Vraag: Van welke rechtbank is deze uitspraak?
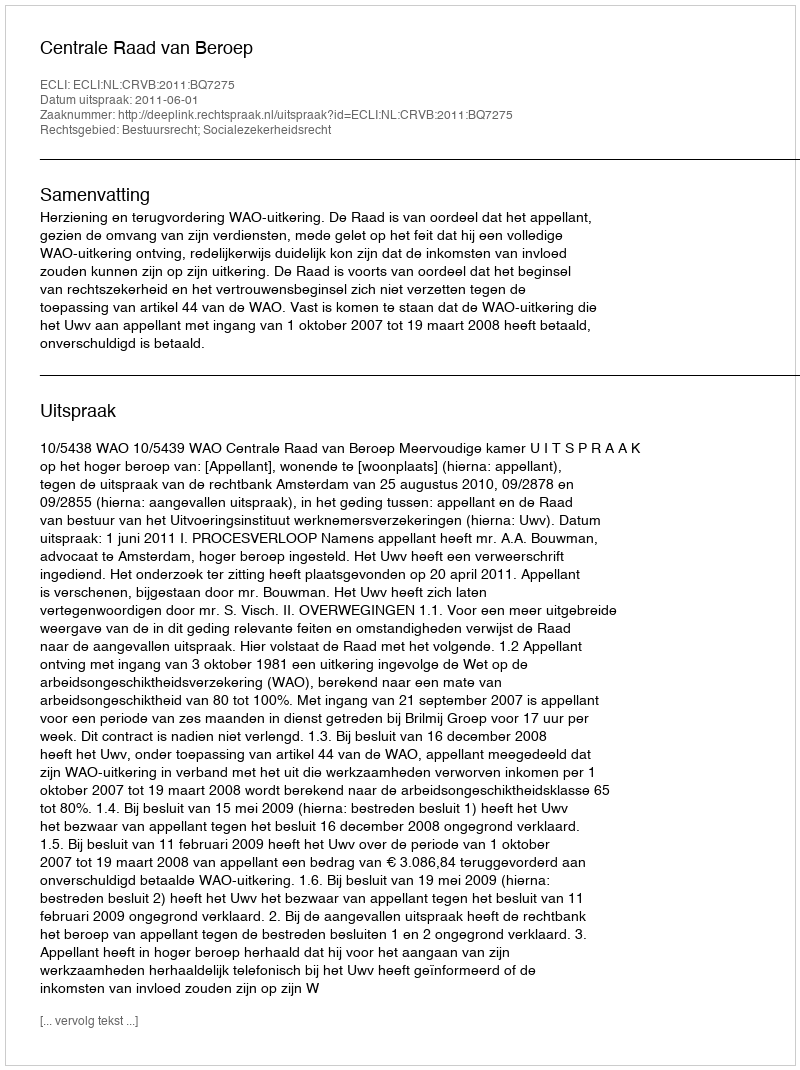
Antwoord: Centrale Raad van Beroep